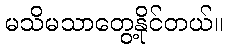
မသိမသာတွေ့နိုင်တယ်။